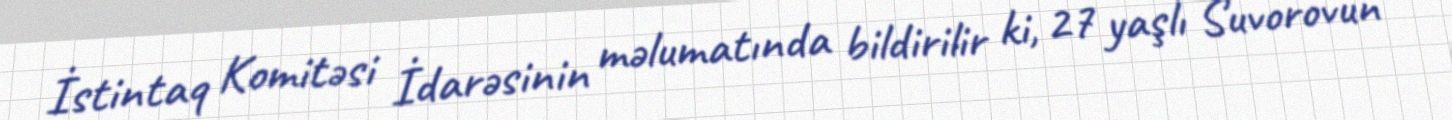
İstintaq Komitəsi İdarəsinin məlumatında bildirilir ki, 27 yaşlı Suvorovun